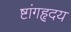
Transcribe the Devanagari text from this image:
ष्टांगहृदय